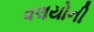
વલયોની